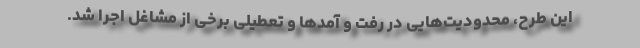
این طرح، محدودیت‌هایی در رفت و آمدها و تعطیلی برخی از مشاغل اجرا شد.